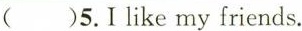
( )5.Ⅰlike my friends.